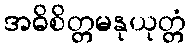
အဓိစိတ္တမနုယုတ္တံ